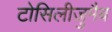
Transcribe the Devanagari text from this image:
टोसिलीज़ुमैब